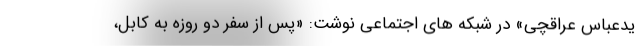
یدعباس عراقچی» در شبکه های اجتماعی نوشت: «پس از سفر دو روزه به کابل،